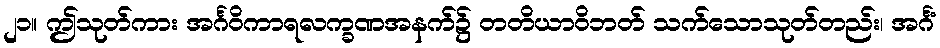
၂၁။ ဤသုတ်ကား အင်္ဂဝိကာရလက္ခဏအနက်၌ တတိယာဝိဘတ် သက်သောသုတ်တည်း၊ အင်္ဂံ